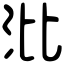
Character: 沘